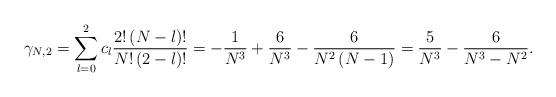
LaTeX: \begin{align*}\gamma_{N,2}=\sum_{l=0}^{2}c_{l}\frac{2!\left( N-l\right) !}{N!\left( 2-l\right) !}=-\frac{1}{N^3}+\frac{6}{N^3}-\frac{6}{N^2 \left(N -1\right) } = \frac{5}{N^3}-\frac{6}{N^3 - N^2}.\end{align*}